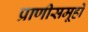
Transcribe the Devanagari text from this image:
प्राणीसमूहों